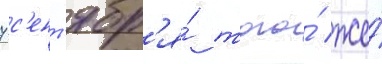
7 с'ент'ябр'я́ того́ же́